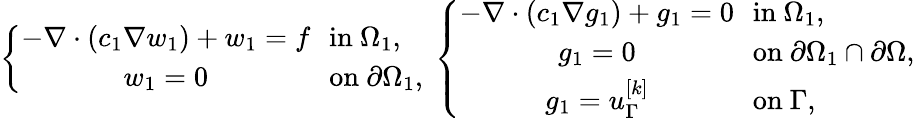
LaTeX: \left\{ \begin{array}{cl}{\displaystyle-\nabla\cdot(c_{1}\nabla w_{1})+w_{1}=f}&{\! \! \mathrm{in}\ \Omega_{1},}\\ {\displaystyle w_{1}=0}&{\! \! \mathrm{on}\ \partial\Omega_{1},}\end{array}\right.\ \left\{ \begin{array}{cl}{\displaystyle-\nabla\cdot(c_{1}\nabla g_{1})+g_{1}=0}&{\! \! \mathrm{in}\ \Omega_{1},}\\ {\displaystyle g_{1}=0}&{\! \! \mathrm{on}\ \partial\Omega_{1}\cap\partial\Omega,}\\ {\displaystyle g_{1}=u_{\Gamma}^{[k]}}&{\! \! \mathrm{on}\ \Gamma,}\end{array}\right.